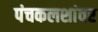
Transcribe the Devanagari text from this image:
पंचकलशांवर